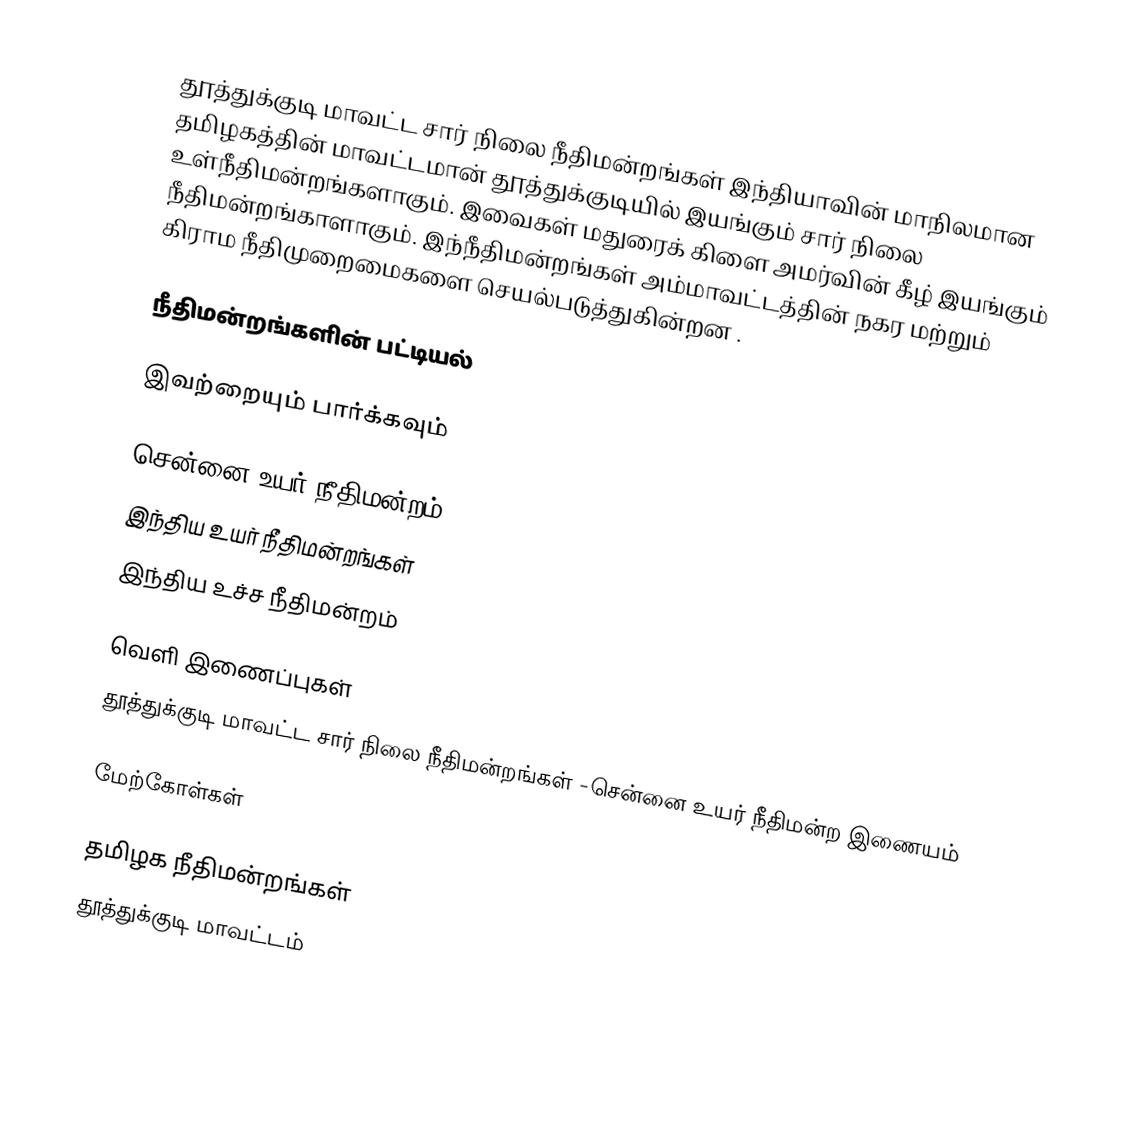
தூத்துக்குடி மாவட்ட சார் நிலை நீதிமன்றங்கள் இந்தியாவின் மாநிலமான தமிழகத்தின் மாவட்டமான் தூத்துக்குடியில் இயங்கும் சார் நிலை உள்நீதிமன்றங்களாகும். இவைகள் மதுரைக் கிளை அமர்வின் கீழ் இயங்கும் நீதிமன்றங்காளாகும். இந்நீதிமன்றங்கள் அம்மாவட்டத்தின் நகர மற்றும் கிராம நீதிமுறைமைகளை செயல்படுத்துகின்றன .

நீதிமன்றங்களின் பட்டியல்

இவற்றையும் பார்க்கவும்

சென்னை உயர் நீதிமன்றம்
இந்திய உயர் நீதிமன்றங்கள்
இந்திய உச்ச நீதிமன்றம்

வெளி இணைப்புகள்
தூத்துக்குடி மாவட்ட சார் நிலை நீதிமன்றங்கள் -சென்னை உயர் நீதிமன்ற இணையம்

மேற்கோள்கள்

தமிழக நீதிமன்றங்கள்
தூத்துக்குடி மாவட்டம்